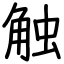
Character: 触